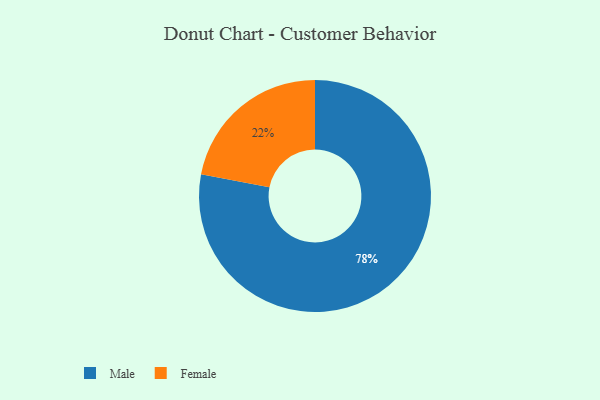
{"axis": {"x": "Category", "y": "Percentage"}, "legend": ["Female", "Male"], "data": [{"x": "Female", "y": 22, "type": "Female"}, {"x": "Male", "y": 78, "type": "Male"}]}